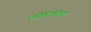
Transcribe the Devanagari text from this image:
लीतिशिया